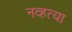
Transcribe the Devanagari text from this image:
नव्‍हत्‍या